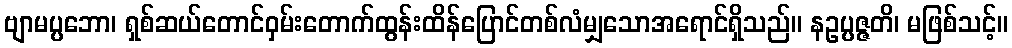
ဗျာမပ္ပဘော၊ ရှစ်ဆယ်တောင်ဝှမ်းတောက်ထွန်းထိန်ပြောင်တစ်လံမျှသောအရောင်ရှိသည်။ နဥပ္ပဇ္ဇတိ၊ မဖြစ်သင့်။